Lunatic asylums in Bengal annual reports 1888-1898 - 1888-1898
Year: 1888
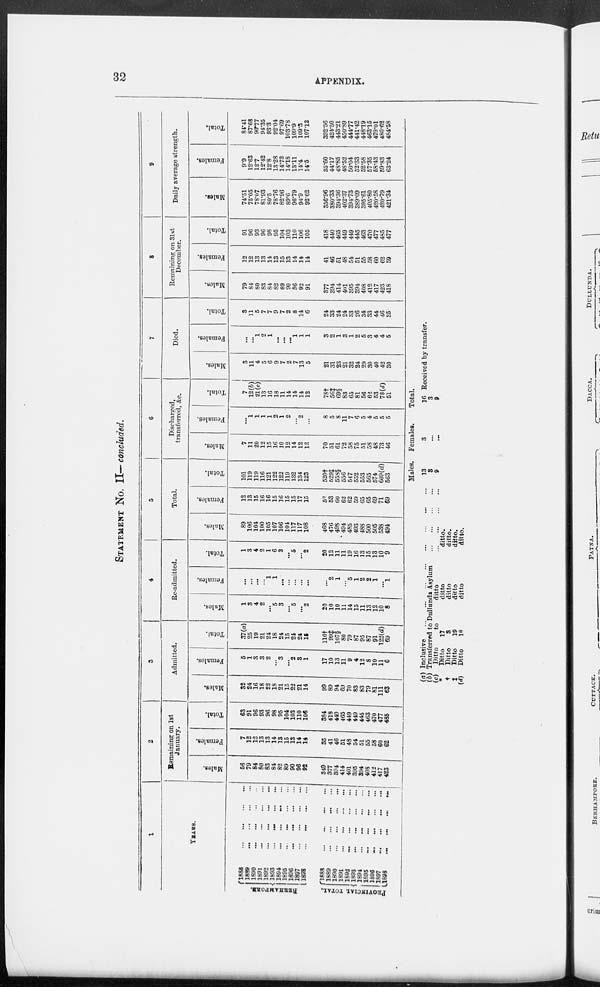
32
APPENDIX.
STATEMENT NO. II—concluded.
1
YEARS.
BERHAMPORE.
PROVINCIAL TOTAL.
1888
...
...
...
...
1889 ... ... ... ...
1890
...
...
...
...
1891
...
...
...
...
1892
...
...
...
...
1893
...
...
...
...
1894 ... ... ... ...
1895 ... ... ... ...
1896
...
...
...
...
1897
...
...
...
...
1898
...
...
...
...
1888
...
...
...
...
1889
...
...
...
...
1890
...
...
...
...
1891
...
...
...
...
1892 ... ... ... ...
1893
...
...
...
...
1894
...
...
...
...
1895
...
...
...
...
1896 ... ... ... ...
1897
...
...
...
...
1898
...
...
...
...
2
Remaining on 1st
January.
Males.
56
79
84
80
83
84
82
89
90
96
92
349
377
394
414
401
395
394
408
412
417
423
Females.
7
12
12
13
13
14
13
15
13
14
14
35
41
46
51
48
54
51
55
58
60
62
Total.
63
91
96
93
96
98
95
104
103
110
106
384
418
440
465
449
449
445
463
470
477
485
3
Admitted.
Males.
32
24
16
18
22
18
21
15
22
21
14
99
89
94
69
70
83
83
79
81
111
63
Females.
5
1
3
3
2
...
3
...
2
3
1
17
10
13
11
9
4
12
8
10
11
6
Total.
37(a)
25
19
21
24
18
24
15
24
24
15
116†
99‡
107§
80
79
87
95
87
91
122(d)
69
4
Re-admitted.
Males.
1
3
4
2
...
5
3
...
5
...
2
20
10
10
11
14
15
11
13
12
10
8
Females.
...
...
...
...
l
1
...
...
...
...
...
...
2
1
...
5
1
2
2
1
...
1
Total.
1
3
4
2
1
6
3
...
5
...
2
20
12
11
11
19
16
13
15
13
10
9
5
Total.
Males.
89
106
104
100
105
107
106
104
117
117
108
468
476
498
494
485
493
488
500
505
538
494
Females.
12
13
15
16
16
15
16
15
15
17
15
52
53
60
62
62
59
65
65
69
71
69
Total.
101
119
119
116
121
122
122
119
132
134
123
520†
529‡
558§
556
547
552
553
565
574
609(d)
563
6
Discharged,
transferred, &c.
Males.
7
11
20
12
15
16
10
12
14
12
12
70
51
61
72
58
75
51
58
48
73
46
Females.
...
1
1
1
1
2
1
2
...
2
...
8
5
8
11
7
6
5
4
5
5
5
Total.
7
12(b)
21(c)
13
16
18
11
14
14
14
12
78†
56‡
69§
83
65
81
56
62
53
78(d)
51
7
Died.
Males.
3
11
4
5
6
9
7
2
7
13
5
21
31
23
21
32
24
29
30
40
42
30
Females.
...
...
1
2
1
...
...
...
l
1
1
3
2
1
3
1
2
5
3
4
4
5
Total.
3
11
5
7
7
9
7
2
8
14
6
24
33
24
24
33
26
34
33
44
46
35
8
Remaining on 31st
December.
Males.
79
84
80
83
84
82
89
90
96
92
91
377
394
414
401
395
394
408
412
417
423
418
Females.
12
12
13
13
14
13
15
13
14
14
14
41
46
51
48
54
51
55
58
60
62
59
Total.
91
96
93
96
98
95
104
103
110
106
105
418
440
465
449
449
445
463
470
477
485
477
9
Daily average strength.
Males.
74.51
75.05
78.07
81.93
80.5
78.76
82.96
89.6
96.79
94.9
92.62
356.96
380.33
394.36
402.37
394.73
389.09
395.61
405.80
420.58
420.79
421.34
Females.
9.9
12.63
12.7
12.42
12.8
13.28
14.73
14.18
13.11
14.4
14.5
35.60
44.17
48.85
48.52
50.04
52.33
52.58
57.35
58.43
59.83
63.24
Total.
84.41
87.68
90.77
94.35
93.3
92.04
97.69
103.78
109.9
109.3
107.12
392.56
424.50
443.21
450.89
444.77
441.42
448.19
463.15
479.01
480.62
484.58
(a) Inclusive
...
...
...
...
...
...
...
...
(b) Transferred to Dullunda Asylum
...
...
...
...
(c)
Ditto
to
ditto
...
...
...
...
*
Ditto
17
ditto
ditto.
†
Ditto
3
ditto
ditto.
‡
Ditto
19
ditto
ditto.
(d)
Ditto
18
ditto
ditto.
Males.
13
3
9
Females.
3
...
...
Total.
16 Received by transfer.
3
9